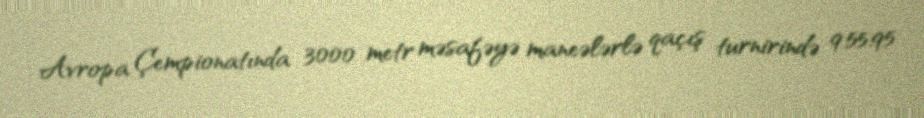
Avropa Çempionatında 3000 metr məsafəyə maneələrlə qaçış turnirində 9:55.95